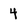
Character: 4